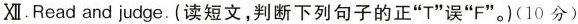
Ⅻ . Read and judge. (读短文,判断下列句子的正"T"误"F".)(10 分)